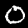
Label: 0